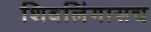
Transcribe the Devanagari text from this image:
शिवलिंगासच